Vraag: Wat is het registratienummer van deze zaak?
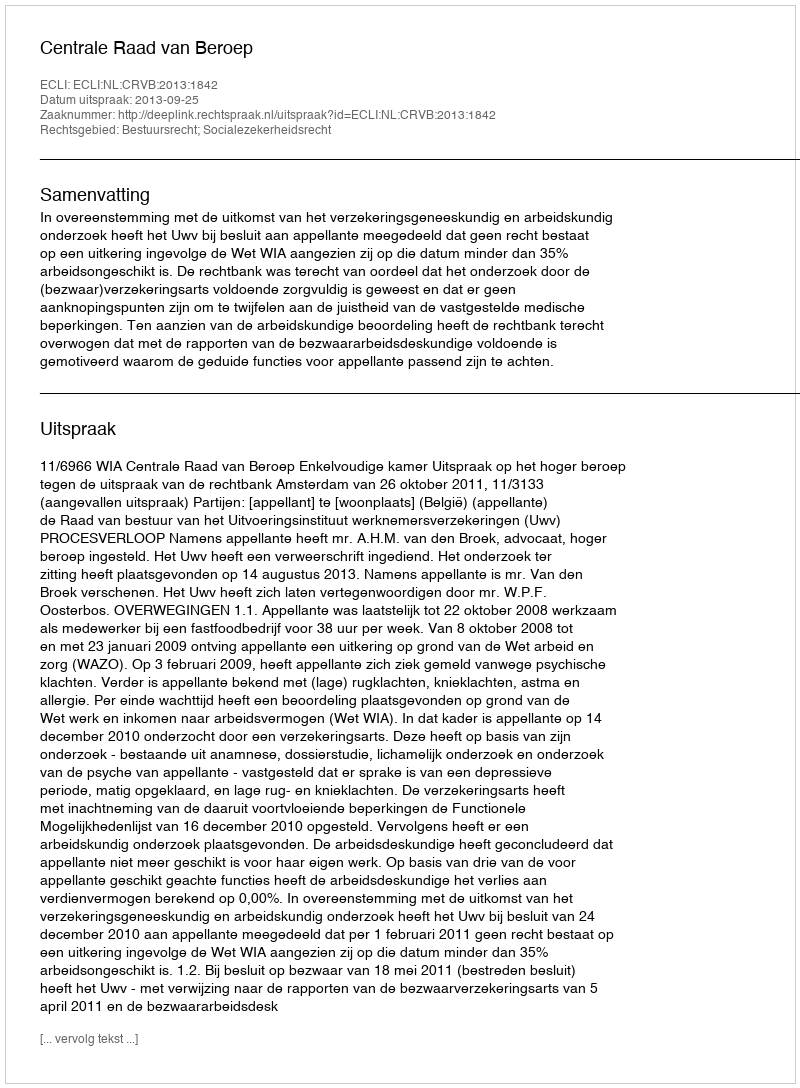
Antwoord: http://deeplink.rechtspraak.nl/uitspraak?id=ECLI:NL:CRVB:2013:1842